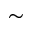
\sim